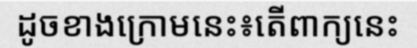
ដូចខាងក្រោមនេះ៖តើពាក្យនេះ